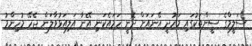
ސަލީމްގެ ސީންތަކުގައި މަހުދީ އޭނައަށް ދެނީ ހަމައެކަނި އޭނާ އަލިއަޅުވާލަން ޖެހޭ މުހިންމު